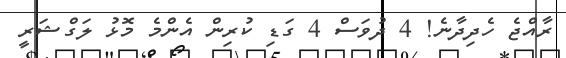
ރާއްޖެ ހެދިދާނެ! 4 ދުވަސް 4 ގަޑި ކުރިން އެންމެ މޮޅު ލަގްޝަރީ